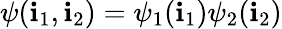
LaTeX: \psi(\mathbf{i}_{1},\mathbf{i}_{2})=\psi_{1}(\mathbf{i}_{1})\psi_{2}(\mathbf{i}_{2})